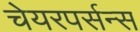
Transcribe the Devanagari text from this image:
चेयरपर्सन्स